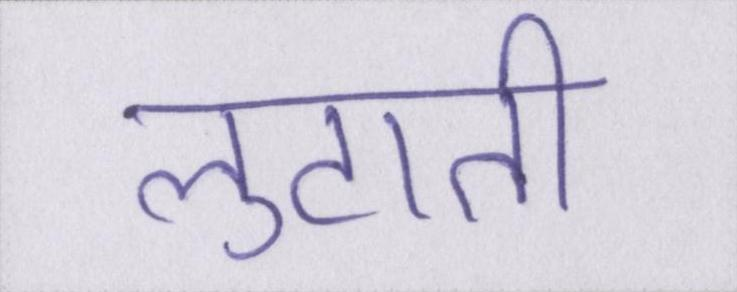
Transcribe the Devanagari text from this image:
लुटाती